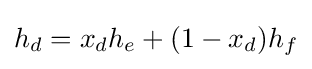
h_{d}=x_{d}h_{e}+(1-x_{d})h_{f}